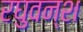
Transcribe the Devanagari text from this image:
रघुवन्श